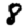
Digit: 8